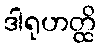
ဒါရုဟတ္ထိ